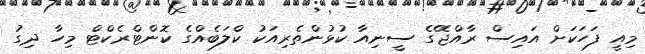
މިއީ ފަހަކަށް އައިސް ރާއްޖޭގެ ސީނިއާ ކުޅުންތެރިއަކު ކްލަބެއްގެ ކޮންޓްރެކްޓް މިހާ ދިގު